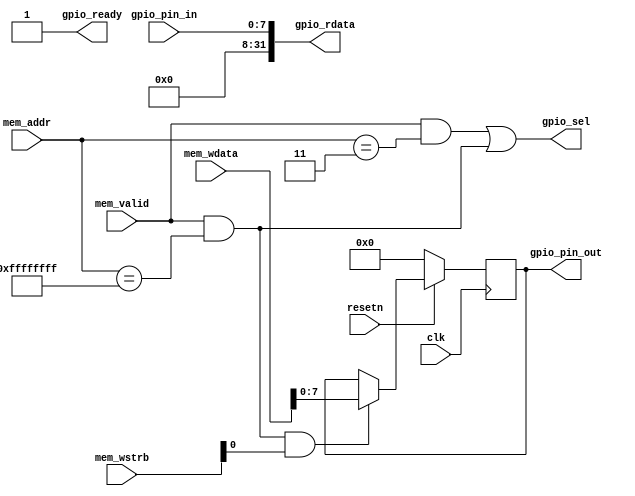
module gpio #(
    parameter [31:0] ADDR = 32'hffff_ffff
) (
    input clk,
    input resetn,
    input mem_valid,
    input [31:0] mem_addr,
    input [31:0] mem_wdata,
    input [3:0] mem_wstrb,
    output gpio_ready,
    output gpio_sel,
    output [31:0] gpio_rdata,
    input [7:0] gpio_pin_in,
    output [7:0] gpio_pin_out
);

// layout:
// ADDR -- GPIO write register
//   +4 -- GPIO read register

wire reg_write_sel = mem_valid && (mem_addr == ADDR);
wire reg_read_sel = mem_valid && (mem_addr == (ADDR + 4));
assign gpio_sel = reg_read_sel || reg_write_sel;
// always ready, because we handle everything in a single cycle
assign gpio_ready = 1;

// read logic
assign gpio_rdata = {24'h0000_00, gpio_pin_in};

// write logic
reg [7:0] gpio_out;
always @(posedge clk) begin
    if (!resetn) begin
        gpio_out <= 8'h0;
    end else if (reg_write_sel && mem_wstrb[0]) begin
        gpio_out <= mem_wdata[7:0];
    end
end
assign gpio_pin_out = gpio_out;

endmodule